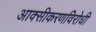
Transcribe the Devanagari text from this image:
आक्सीकरणविरोधी